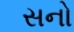
સનો